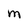
Character: M